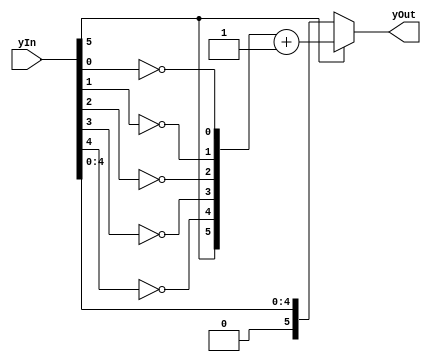
module YsTruthComplement(input[5:0] yIn , output[5:0] yOut);
	assign yOut = yIn[5] ? ({yIn[5],!yIn[4],!yIn[3],!yIn[2],!yIn[1],!yIn[0]}+6'b1) : yIn;
endmodule